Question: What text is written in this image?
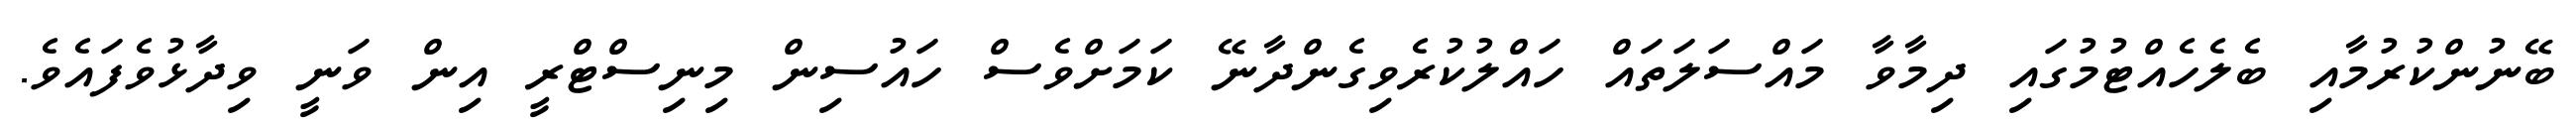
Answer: ބޭނުންކުރުމާއި ބެލެހެއްޓުމުގައި ދިމާވާ މައްސަލަތައް ހައްލުކުރެވިގެންދާނޭ ކަމަށްވެސް ހައުސިން މިނިސްޓްރީ އިން ވަނީ ވިދާޅުވެފައެވެ.